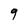
Character: 9